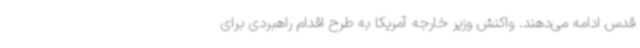
قدس ادامه می‌دهند. واکنش وزیر خارجه آمریکا به طرح اقدام راهبردی برای